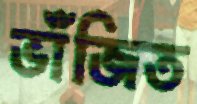
ভাঁজিত